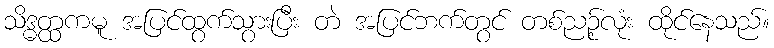
သိဒ္ဓတ္ထကမူ အပြင်ထွက်သွားပြီး တဲ အပြင်ဘက်တွင် တစ်ညဉ့်လုံး ထိုင်နေသည်။